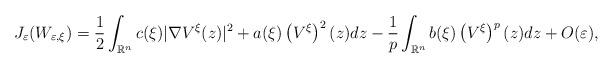
LaTeX: \begin{align*}J_{\varepsilon}(W_{\varepsilon,\xi})=\frac{1}{2}\int_{\mathbb{R}^{n}}c(\xi)|\nabla V^{\xi}(z)|^{2}+a(\xi)\left( V^{\xi}\right) ^{2}(z)dz-\frac{1}{p}\int_{\mathbb{R}^{n}}b(\xi)\left( V^{\xi}\right) ^{p}(z)dz+O(\varepsilon),\end{align*}